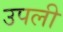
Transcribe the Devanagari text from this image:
उपली